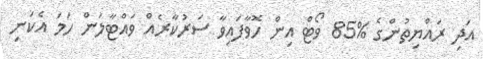
އަދި ރައްޔިތުންގެ %85 ވޯޓް އިން ހޮވާފައިވާ ސަރުކާރެއް ވައްޓާލަން ހަމަ އެކަނި